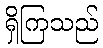
ရှိကြသည်